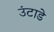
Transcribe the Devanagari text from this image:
उंटाडे